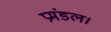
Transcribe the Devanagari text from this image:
प्रमंडल।